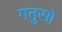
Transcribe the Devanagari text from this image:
गत्तुसो